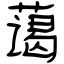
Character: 蔼